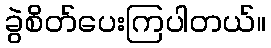
ခွဲစိတ်ပေးကြပါတယ်။